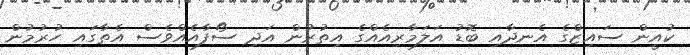
ކުއީން ސައިޒްގެ އެނދާއި ބޮޑު އަލަމާރިއެއްގެ އިތުރުން އަދި ސޯފާއެއްވެސް އެތާގައި ހުރުމުން